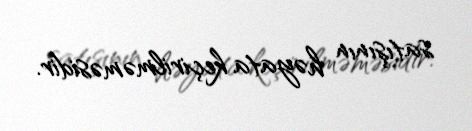
satışının həyata keçirilməməsidir.